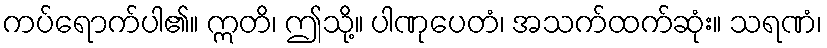
ကပ်ရောက်ပါ၏။ ဣတိ၊ ဤသို့။ ပါဏုပေတံ၊ အသက်ထက်ဆုံး။ သရဏံ၊